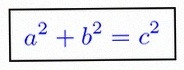
a^2+b^2=c^2